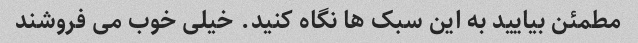
مطمئن بیایید به این سبک ها نگاه کنید. خیلی خوب می فروشند